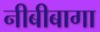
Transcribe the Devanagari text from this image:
नीबीबागा